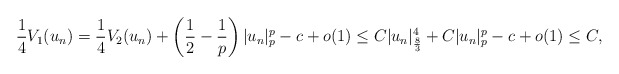
\begin{align*}\frac{1}{4}V_1(u_n) = \frac{1}{4}V_2(u_n) + \left(\frac{1}{2} - \frac{1}{p}\right)|u_n|^p_p -c +o(1) \leq C|u_n|^4_{\frac{8}{3}} + C|u_n|^p_p -c+o(1)\leq C,\end{align*}